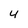
Character: 4